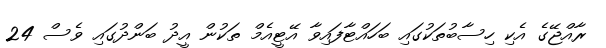
ރާއްޖޭގެ އެކި ހިސާބުތަކުގައި ބަހައްޓާފައިވާ އޭޓީއެމް ތަކުން އީދު ބަންދުގައި ވެސް 24